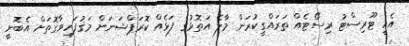
އެއީ ޓޫރިސްޓު ރިސޯޓެއް ތަރައްގީކުރަން މާލެ އަތޮޅުގެ ފަޅެއް ކޮރަޕްޝަނަށް މަގުފަހިވާގޮތަށް އެބޮނީ